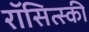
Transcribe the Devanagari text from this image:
रॉसित्स्की